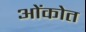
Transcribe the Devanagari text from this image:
ओंकोत